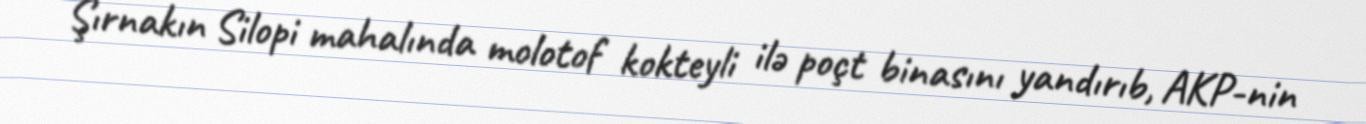
Şırnakın Silopi mahalında molotof kokteyli ilə poçt binasını yandırıb, AKP-nin